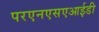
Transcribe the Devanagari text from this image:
परएनएसएआईडी